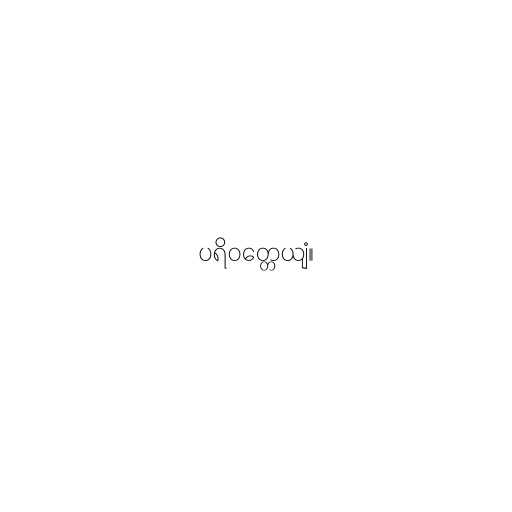
ပရိဝတ္တေယျံ။